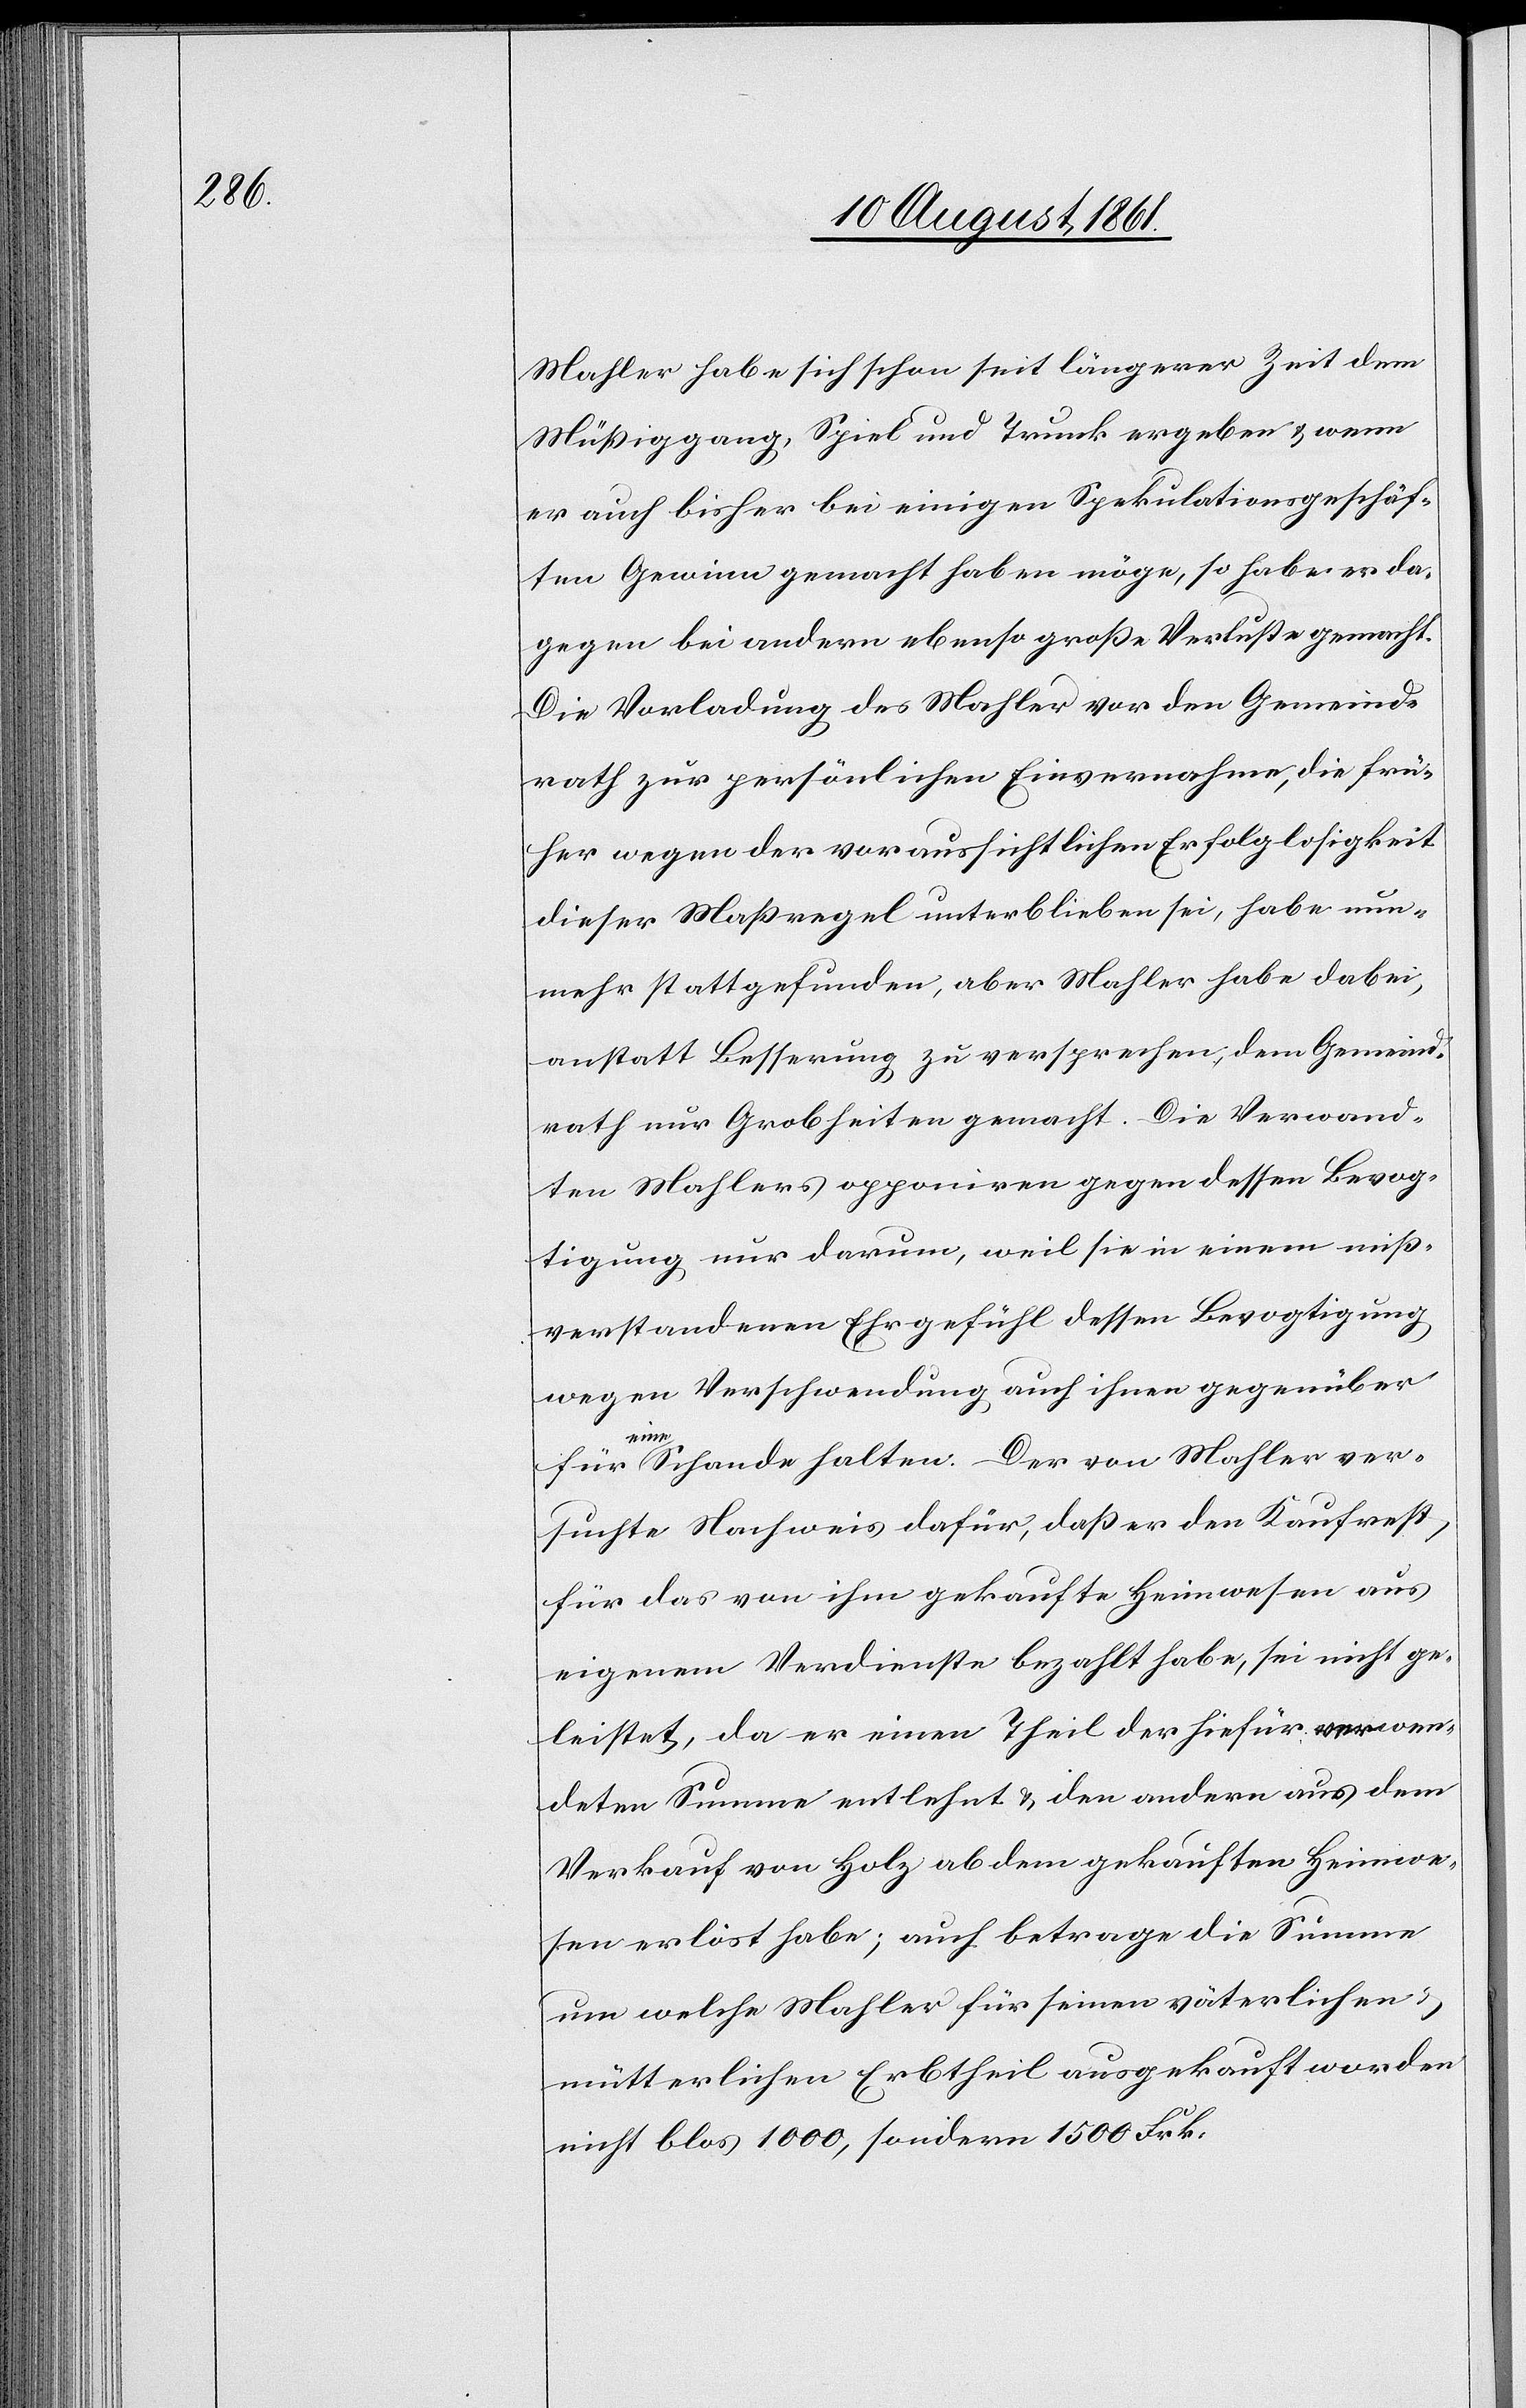
Mahler habe sich schon seit längerer Zeit dem
Müßiggang, Spiel und Trunk ergeben u. wenn
er auch bisher bei einigen Spekulationsgeschäf¬
ten Gewinn gemacht haben möge, so habe er da¬
gegen bei andern ebenso große Verluste gemacht.
Die Vorladung des Mahler vor den Gemeind¬
rath zur persönlichen Einvernahme, die frü¬
her wegen der voraussichtlichen Erfolglosigkeit
dieser Maßregel unterblieben sei, habe nun¬
mehr stattgefunden, aber Mahler habe dabei,
anstatt Besserung zu versprechen, dem Gemeind¬
rath nur Grobheiten gemacht. Die Verwand¬
ten Mahlers opponiren gegen dessen Bevog¬
tigung nur darum, weil sie in einem miß¬
verstandenen Ehrgefühl dessen Bevogtigung
wegen Verschwendung auch ihnen gegenüber
für
eine Schande halten. Der von Mahler ver¬
suchte Nachweis dafür, daß er den Kaufrest,
für das von ihm gekaufte Heimwesen aus
eigenem Verdienste bezahlt habe, sei nicht ge¬
leistet, da er einen Theil der hiefür verwen¬
deten Summe entlehnt u. den andern aus dem
Verkauf von Holz ab dem gekauften Heimwe¬
sen erlöst habe; auch betrage die Summe
um welche Mahler für einen väterlichen u.
mütterlichen Erbtheil ausgekauft worden
nicht blos 1000, sondern 1500 Frk.